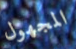
المجهول